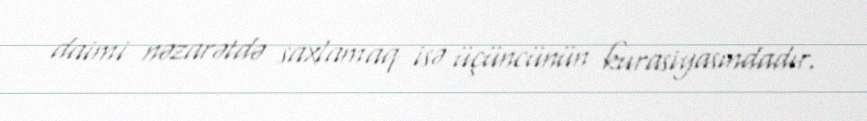
daimi nəzarətdə saxlamaq isə üçüncünün kurasiyasındadır.